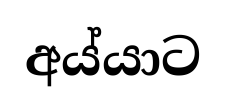
අය්යාට